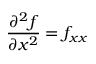
{ \frac { \partial ^ { 2 } f } { \partial x ^ { 2 } } } = f _ { x x }